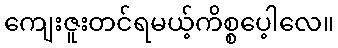
ကျေးဇူးတင်ရမယ့်ကိစ္စပေ့ါလေ။